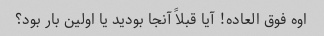
اوه فوق العاده! آیا قبلاً آنجا بودید یا اولین بار بود؟